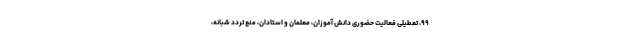
۹۹، تعطیلی فعالیت حضوری دانش آموزان، معلمان و استادان، منع تردد شبانه،